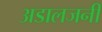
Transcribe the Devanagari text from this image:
अडालजनी